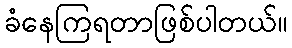
ခံနေကြရတာဖြစ်ပါတယ်။